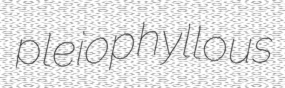
pleiophyllous